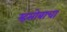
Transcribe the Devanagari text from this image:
म्हसोबाचा